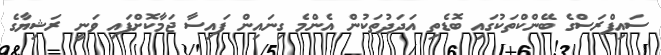
ސައިޕްރަސްގެ ބޭންކްތަކުގައި ބޮޑެތި އަދަދުތަކުން އެންމެ ގިނައިން ފައިސާ ޖަމާކޮށްފައި ވަނީ ރަޝިޔާގެ